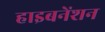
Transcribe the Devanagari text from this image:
हाइबनेंशन